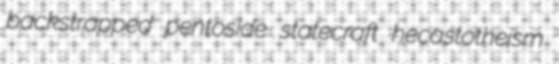
backstrapped pentoside statecraft hecastotheism